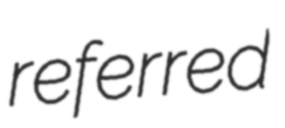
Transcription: referred